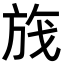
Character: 𬀃